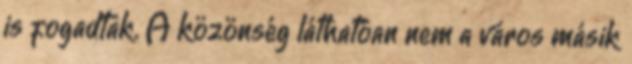
is fogadtak. A közönség láthatóan nem a város másik